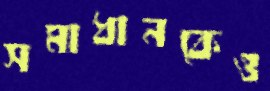
সমাধানকেও